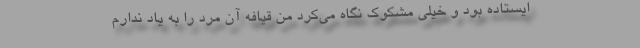
ایستاده بود و خیلی مشکوک نگاه می‌کرد من قیافه آن مرد را به یاد ندارم